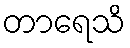
တာရေသိ